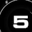
Digit: 5